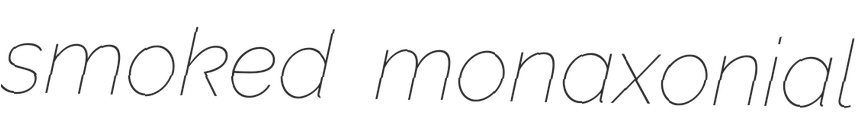
smoked monaxonial